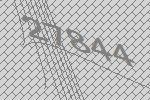
27844